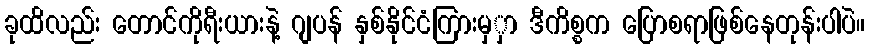
ခုထိလည်း တောင်ကိုရီးယားနဲ့ ဂျပန် နှစ်နိုင်ငံကြားမှှာ ဒီကိစ္စက ပြောစရာဖြစ်နေတုန်းပါပဲ။